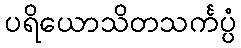
ပရိယောသိတသင်္ကပ္ပံ